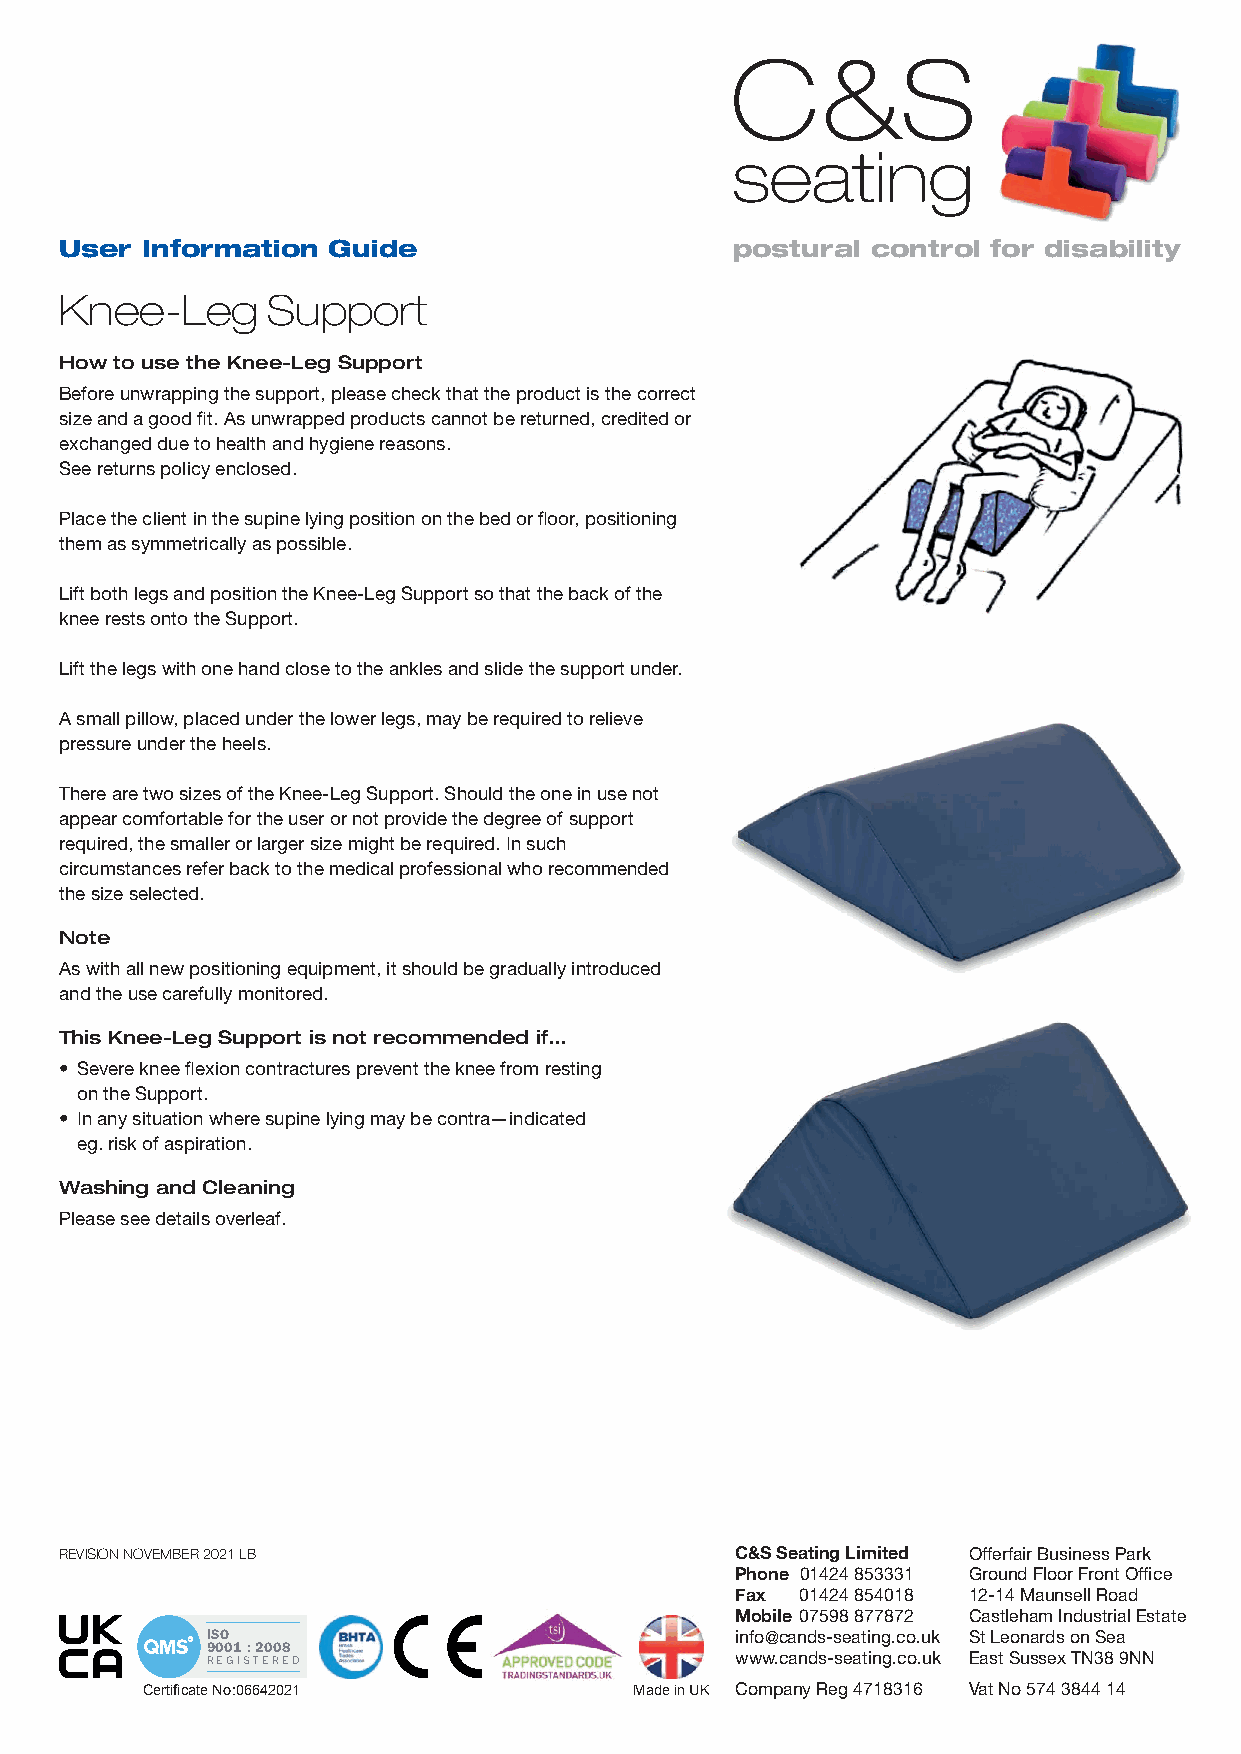
C&S
 seating
 User Information  Guide                     postural  control for disability
 Knee-Leg      Support
 How to use the Knee-Leg Support
 Before unwrapping the support, please check that the product is the correct
 size and a good fi t. As unwrapped products cannot be returned, credited or
 exchanged due to health and hygiene reasons.
 See returns policy enclosed.
 Place the client in the supine lying position on the bed or fl oor, positioning
 them as symmetrically as possible.
 Lift both legs and position the Knee-Leg Support so that the back of the
 knee rests onto the Support.
 Lift the legs with one hand close to the ankles and slide the support under.
 A small pillow, placed under the lower legs, may be required to relieve
 pressure under the heels.
 There are two sizes of the Knee-Leg Support. Should the one in use not
 appear comfortable for the user or not provide the degree of support
 required, the smaller or larger size might be required. In such
 circumstances refer back to the medical professional who recommended
 the size selected.
 Note
 As with all new positioning equipment, it should be gradually introduced
 and the use carefully monitored.
 This Knee-Leg Support is not recommended if…
 • Severe knee flexion contractures prevent the knee from resting
 on the Support.
 • In any situation where supine lying may be contra—indicated
 eg. risk of aspiration.
 Washing and Cleaning
 Please see details overleaf.
 REVISION NOVEMBER 2021 LB                    C&S Seating Limited Offerfair Business Park
 Phone 01424 853331 Ground Floor Front Offi ce
 Fax 01424 854018 12-14 Maunsell Road
 Mobile 07598 877872 Castleham Industrial Estate
 ISO                                info@cands-seating.co.uk St Leonards on Sea
 9001 : 2008
 REGISTERED                         www.cands-seating.co.uk East Sussex TN38 9NN
 Certifi cate No:06642021         Made in UK Company Reg 4718316 Vat No 574 3844 14